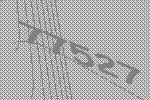
77527